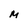
Character: M